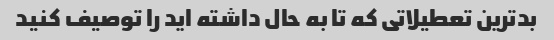
بدترین تعطیلاتی که تا به حال داشته اید را توصیف کنید